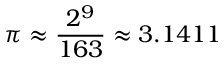
\pi \approx { \frac { 2 ^ { 9 } } { 1 6 3 } } \approx 3 . 1 4 1 1